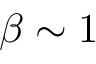
\beta \sim 1